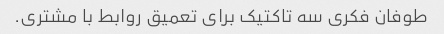
طوفان فکری سه تاکتیک برای تعمیق روابط با مشتری.